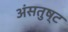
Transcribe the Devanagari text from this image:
अंसतुष्ट